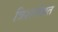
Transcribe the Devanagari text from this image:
त्रिशाखित